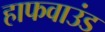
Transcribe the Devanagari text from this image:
हाफवाउंड